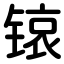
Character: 锿